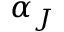
\alpha _ { J }